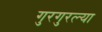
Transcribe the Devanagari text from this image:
गुरगुरल्या